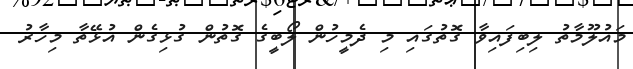
މައުލޫމާތު ލިބިފައިވާ ގޮތުގައި މި ދެމީހުން ލޯބީގެ ގޮތުން ގުޅިގެން އުޅޭތާ މިހާރު